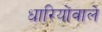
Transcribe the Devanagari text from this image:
धारियोंवाले